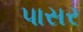
પાસર